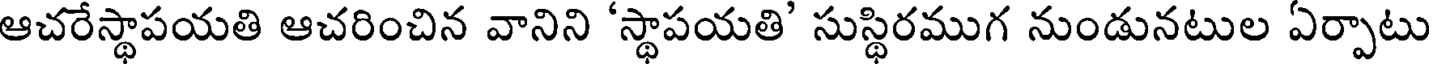
ఆచరేస్థాపయతి ఆచరించిన వానిని 'స్థాపయతి' సుస్థిరముగ నుండునటుల ఏర్పాటు